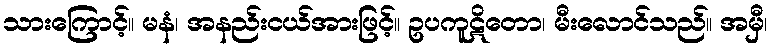
သားကြောင့်။ မနံ၊ အနည်းငယ်အားဖြင့်။ ဥပကူဋိတော၊ မီးလောင်သည်။ အမှီ၊